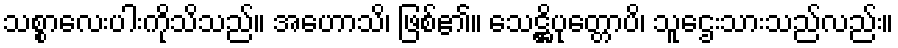
သစ္စာလေးပါးကိုသိသည်။ အဟောသိ၊ ဖြစ်၏။ သေဋ္ဌိပုတ္တောပိ၊ သူဌေးသားသည်လည်း။